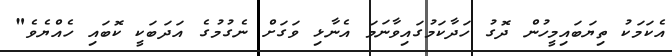
އެކަމަކު ތިޔަބައިމީހުން ދޮގު ހަދާކަމުގައިވާނަމަ އެނާޅި ވަގަށް ނެގުމުގެ އަދަބަކީ ކޮބައި ހެއްޔެވެ"